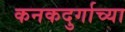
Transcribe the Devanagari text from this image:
कनकदुर्गाच्या